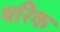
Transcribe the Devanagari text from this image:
थरिक